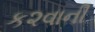
ક૨વાની